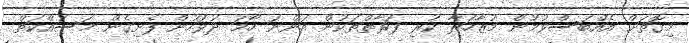
މިގޮތަށް އެއްބަސްވުމުން މުޒާހަރާ ކުރި ފަރާތްތަކުން އަންނަ ހޯމަ ދުވަހުން ފެށިގެން މަސައްކަތް